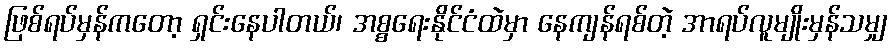
ဖြစ်ရပ်မှန်ကတော့ ရှင်းနေပါတယ်၊ အစ္စရေးနိုင်ငံထဲမှာ နေကျန်ရစ်တဲ့ အာရပ်လူမျိုးမှန်သမျှ